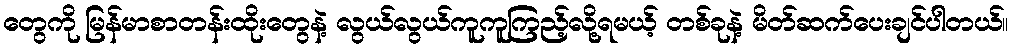
တွေကို မြန်မာစာတန်းထိုးတွေနဲ့ လွယ်လွယ်ကူကူကြည့်လို့ရမယ့် တစ်ခုနဲ့ မိတ်ဆက်ပေးချင်ပါတယ်။